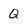
Character: Q